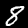
Digit: 8